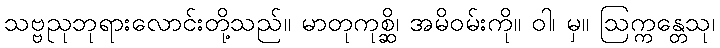
သဗ္ဗညုဘုရားလောင်းတို့သည်။ မာတုကုစ္ဆိ၊ အမိဝမ်းကို။ ဝါ၊ မှ။ ဩက္ကန္တေသု၊